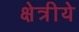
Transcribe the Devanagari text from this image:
क्षेत्रीये